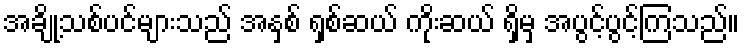
အချို့သစ်ပင်များသည် အနှစ် ရှစ်ဆယ် ကိုးဆယ် ရှိမှ အပွင့်ပွင့်ကြသည်။